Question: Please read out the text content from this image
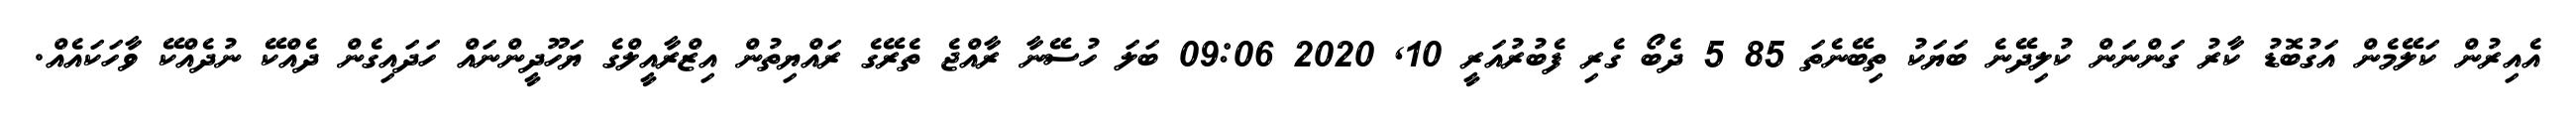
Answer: އެއިރުން ކަލޭމެން އަގުބޮޑު ކާރު ގަންނަން ކުލިދޭނެ ބަޔަކު ތިބޭނެތަ 85 5 ދެބޯ ގެރި ފެބުރުއަރީ 10, 2020 09:06 ބަލަ ހުސޭނާ ރާއްޖެ ތެރޭގެ ރައްޔިތުން އިޒްރާއީލްގެ ޔަހޫދީންނައް ހަދައިގެން ދެއްކޭ ނުދެއްކޭ ވާހަކައެއް.